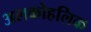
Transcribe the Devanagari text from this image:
अलकोहलिक